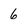
Character: 6